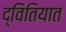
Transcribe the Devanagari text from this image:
द्वितियात